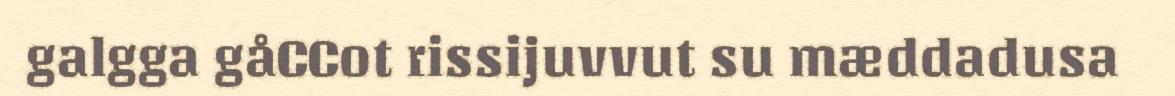
galgga gåCCot rissijuvvut su mæddadusa